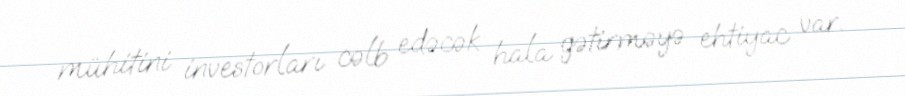
mühitini investorları cəlb edəcək hala gətirməyə ehtiyac var.